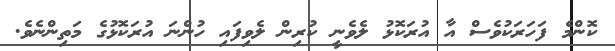
ކޮންމެ ފަހަރަކުވެސް އާ އުރަކޮޅު ލެވެނީ ކުރިން ލެވިފައި ހުންނަ އުރަކޮޅުގެ މަތިންނެވެ.